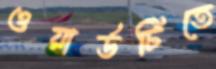
ওয়ার্ডটিতে